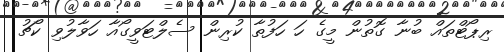
ރިޕޯޓްތައް ބުނާ ގޮތުން މީގެ ހަ ހަފުތާ ކުރިން ސެލްޓަވީގޯއާ ހަވާލުވި ކޯޗު